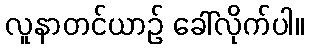
လူနာတင်ယာဉ် ခေါ်လိုက်ပါ။